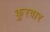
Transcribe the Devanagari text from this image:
कुरवार